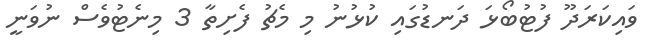
ވައިކަރަދޫ ފުޓުބޯޅަ ދަނޑުގައި ކުޅުނު މި މެޗު ފެށިތާ 3 މިނެޓުވެސް ނުވަނީ